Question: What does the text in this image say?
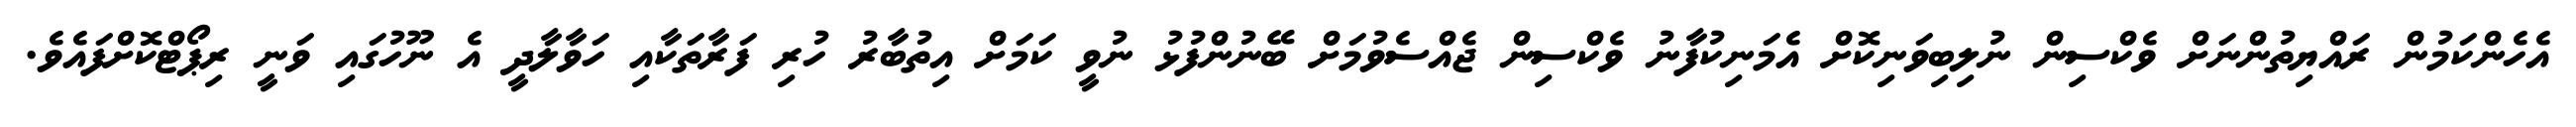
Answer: އެހެންކަމުން ރައްޔިތުންނަށް ވެކްސިން ނުލިބިވަނިކޮށް އެމަނިކުފާނު ވެކްސިން ޖެއްސެވުމަށް ބޭނުންފުޅު ނުވީ ކަމަށް އިތުބާރު ހުރި ފަރާތަކާއި ހަވާލާދީ އެ ނޫހުގައި ވަނީ ރިޕޯޓްކޮށްފައެވެ.